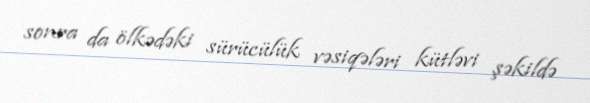
sonra da ölkədəki sürücülük vəsiqələri kütləvi şəkildə